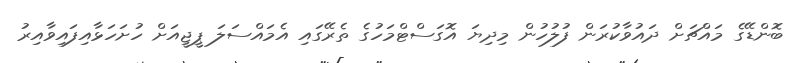
ބޮންޑޭގެ މައްޗަށް ދައުވާކުރަން ފުލުހުން މިދިޔަ އޮގަސްޓްމަހުގެ ތެރޭގައި އެމައްސަލަ ޕީޖީއަށް ހުށަހަޅާއިފައިވާއިރު